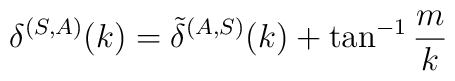
\delta^{(S,A)}(k) = \tilde \delta^{(A,S)}(k) + \tan^{-1}\frac{m}{k}